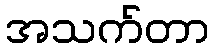
အသက်တာ